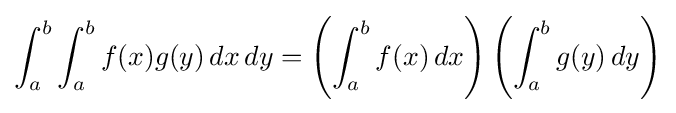
\int _{a}^{b}\int _{a}^{b}f(x)g(y)\,dx\,dy=\left(\int _{a}^{b}f(x)\,dx\right)\left(\int _{a}^{b}g(y)\,dy\right)